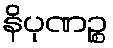
နိပုဏဉ္စ